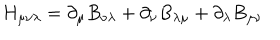
H _ { \mu \nu \lambda } = \partial _ { \mu } B _ { \nu \lambda } + \partial _ { \nu } B _ { \lambda \mu } + \partial _ { \lambda } B _ { \mu \nu }